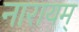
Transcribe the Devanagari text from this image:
नारायम्